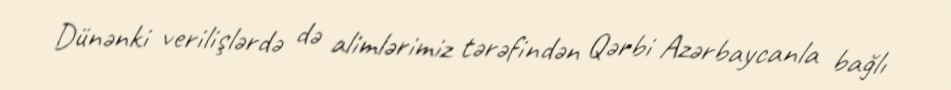
Dünənki verilişlərdə də alimlərimiz tərəfindən Qərbi Azərbaycanla bağlı